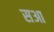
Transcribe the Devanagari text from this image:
सआ